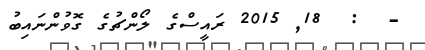
-  :  18